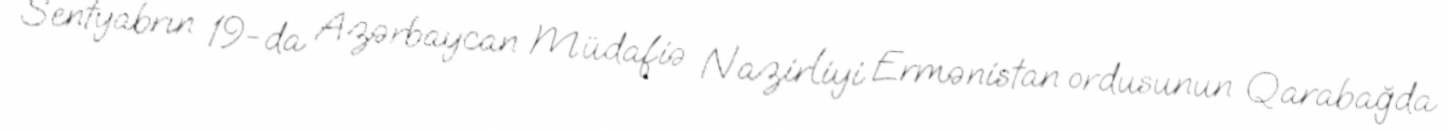
Sentyabrın 19-da Azərbaycan Müdafiə Nazirliyi Ermənistan ordusunun Qarabağda